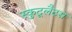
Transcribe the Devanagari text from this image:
स्कुटूलैटस